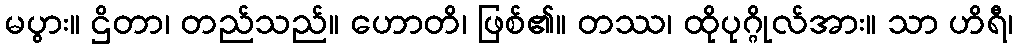
မပွား။ ဌိတာ၊ တည်သည်။ ဟောတိ၊ ဖြစ်၏။ တဿ၊ ထိုပုဂ္ဂိုလ်အား။ သာ ဟိရီ၊